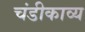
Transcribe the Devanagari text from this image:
चंडीकाव्य